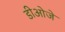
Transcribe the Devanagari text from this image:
डीओजे